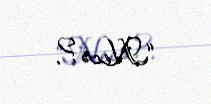
“Necə?.